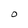
Character: O